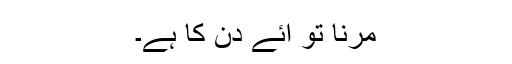
مرنا تو آئے دن کا ہے۔